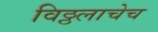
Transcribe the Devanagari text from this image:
विठ्ठलाचेच